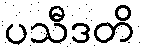
ပသီဒတိ